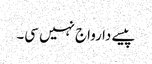
پیسے دا رواج نہیں سی۔